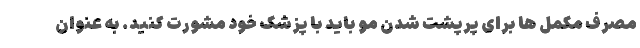
مصرف مکمل ها برای پرپشت شدن مو باید با پزشک خود مشورت کنید. به عنوان